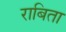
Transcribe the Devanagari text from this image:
राबिता